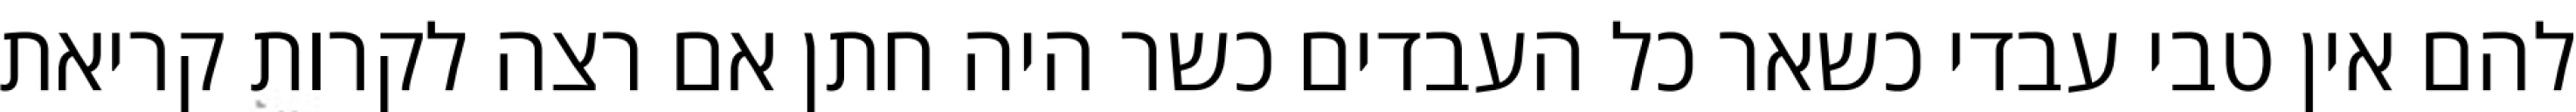
להם אין טבי עבדי כשאר כל העבדים כשר היה חתן אם רצה לקרות קריאת